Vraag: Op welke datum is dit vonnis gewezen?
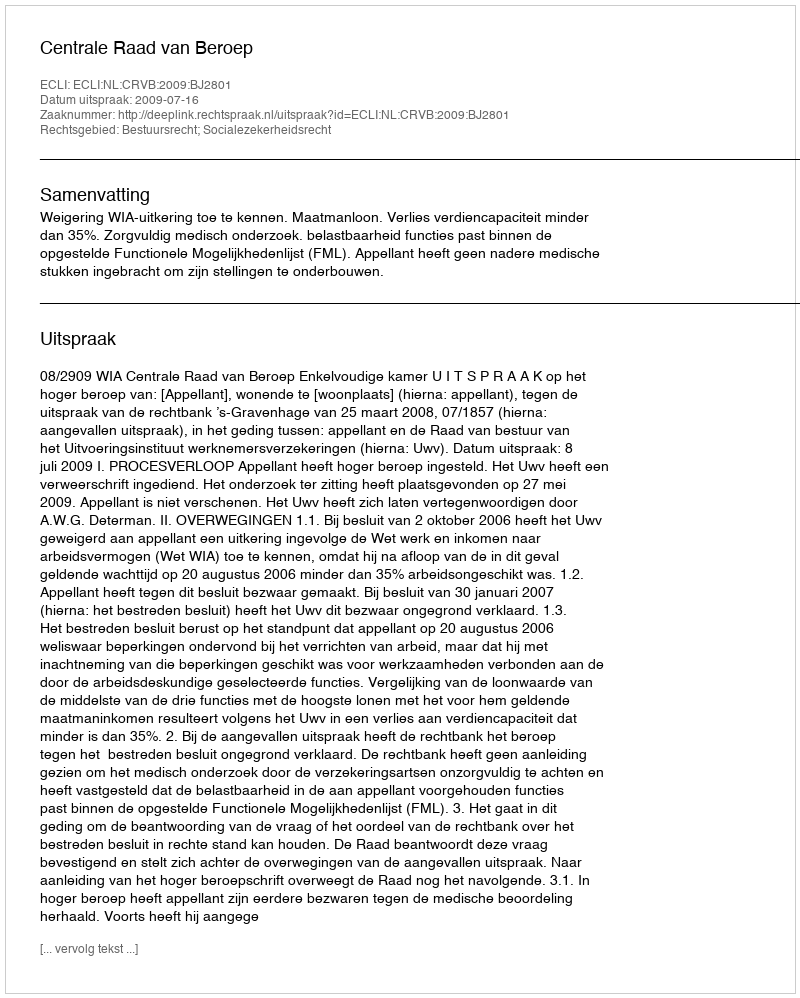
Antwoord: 2009-07-16